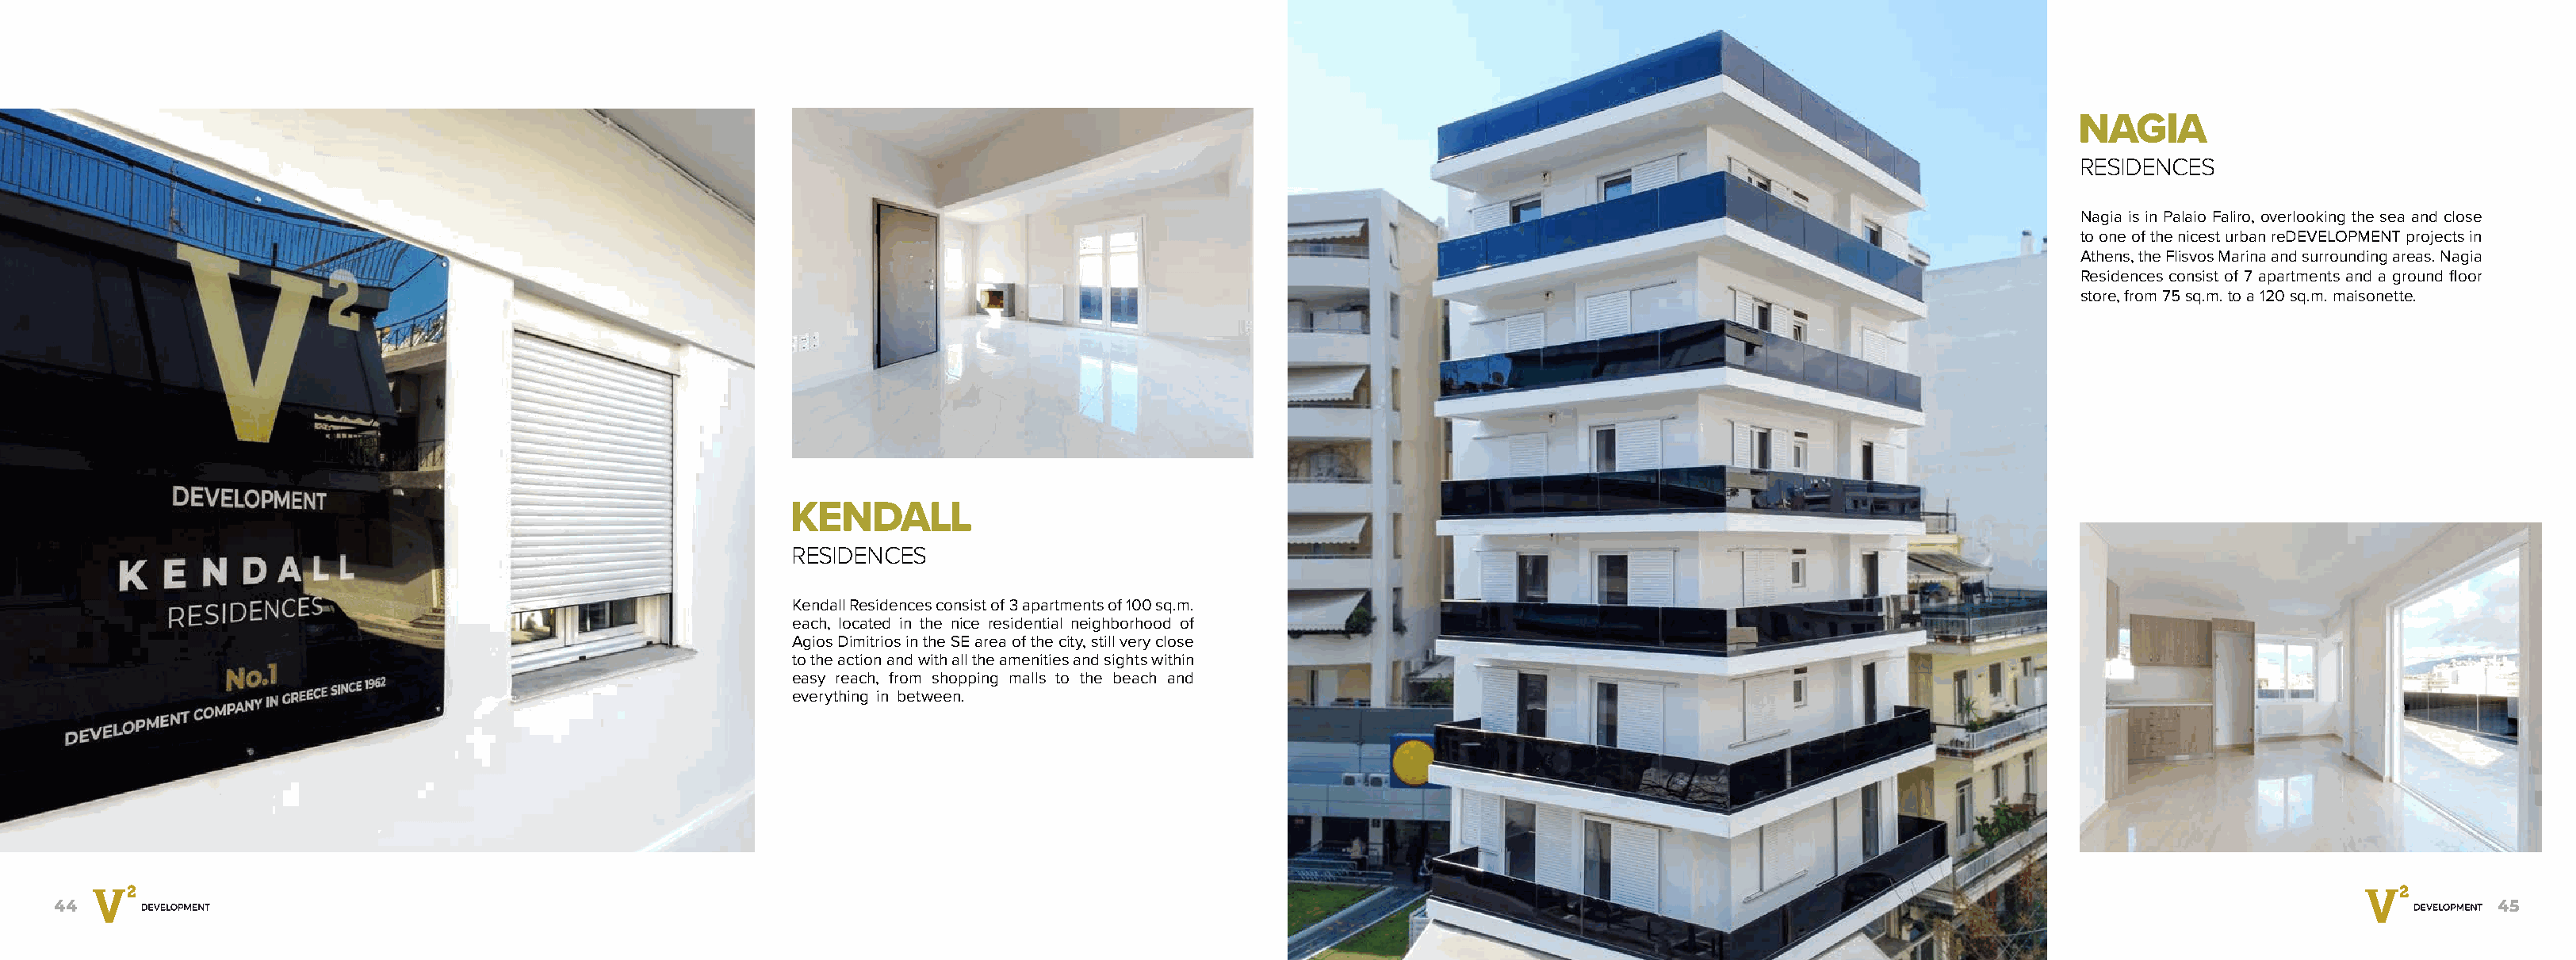
NAGIA
 RESIDENCES
 Nagia is in Palaio Faliro, overlooking the sea and close
 to one of the nicest urban reDEVELOPMENT projects in
 Athens, the Flisvos Marina and surrounding areas. Nagia
 Residences consist of 7 apartments and a ground floor
 store, from 75 sq.m. to a 120 sq.m. maisonette.
 PalaioFaliro
 KENDALL
 RESIDENCES
 Kendall Residences consist of 3 apartments of 100 sq.m.
 each, located in the nice residential neighborhood of
 Agios Dimitrios in the SE area of the city, still very close
 to the action and with all the amenities and sights within
 easy reach, from shopping malls to the beach and
 everything in between.
 Agios
 Dimi              trios
 44                                                                                                                                                                                                           45